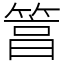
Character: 䈞